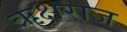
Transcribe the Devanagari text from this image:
ऋक्षराज